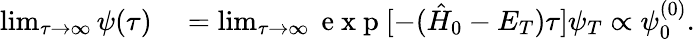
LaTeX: \begin{array}{rl}{\operatorname*{lim}_{\tau\to\infty}\psi(\tau)}&{{}=\operatorname*{lim}_{\tau\to\infty}\mathrm{~e~x~p~}[-(\hat{H}_{0}-E_{T})\tau]\psi_{T}\propto\psi_{0}^{(0)}.}\end{array}